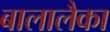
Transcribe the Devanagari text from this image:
बालालैका